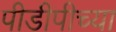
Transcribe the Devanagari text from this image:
पीडीपीच्या